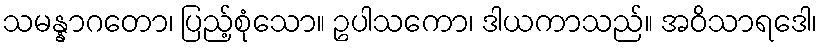
သမန္နာဂတော၊ ပြည့်စုံသော။ ဥပါသကော၊ ဒါယကာသည်။ အဝိသာရဒေါ၊